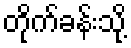
တိုက်ခန်းသို့